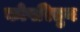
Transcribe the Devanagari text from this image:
कोपरितुन